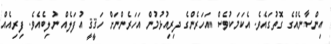
އިންސާނެއްގެ ގޮތުގައެވެ. އެކަމަކުވެސް އަހަރެންގެ ދިރިއުޅުމުން އަހަރެންނަށް ހަޤީޤީ އުފަލެއް ނުލިބެއެވެ. ފިރިއެއް